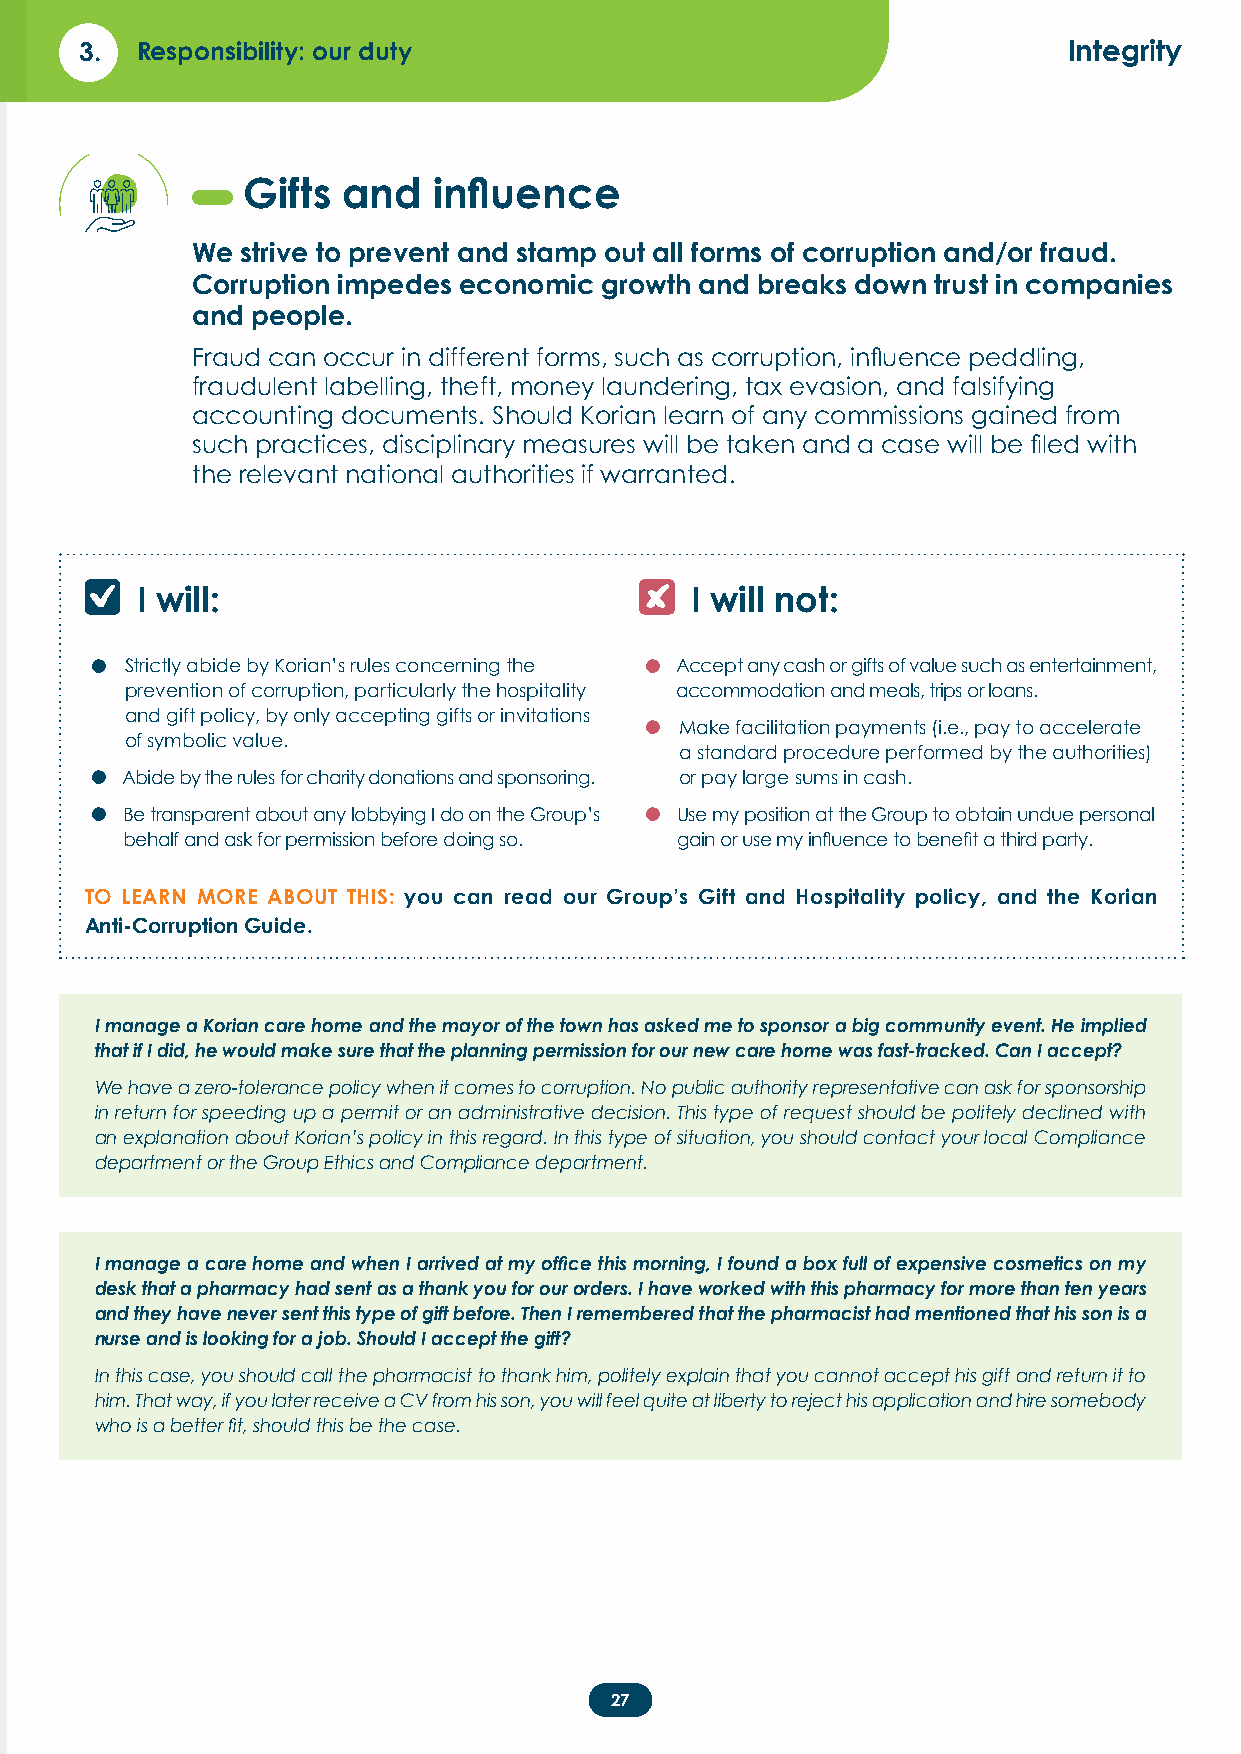
3.  Responsibility: our duty                                      Integrity
 Gifts  and   influence
 We strive to prevent and stamp out all forms of corruption and/or fraud.
 Corruption impedes economic growth and breaks down trust in companies
 and people.
 Fraud can occur in different forms, such as corruption, influence peddling,
 fraudulent labelling, theft, money laundering, tax evasion, and falsifying
 accounting documents. Should Korian learn of any commissions gained from
 such practices, disciplinary measures will be taken and a case will be filed with
 the relevant national authorities if warranted.
 I will:                              I will not:
 •                                   •
 Strictly abide by Korian’s rules concerning the Accept any cash or gifts of value such as entertainment,
 prevention of corruption, particularly the hospitality accommodation and meals, trips or loans.
 and gift policy, by only accepting gifts or invitations •
 Make facilitation payments (i.e., pay to accelerate
 of symbolic value.
 a standard procedure performed by the authorities)
 •
 Abide by the rules for charity donations and sponsoring. or pay large sums in cash.
 •                                   •
 Be transparent about any lobbying I do on the Group’s Use my position at the Group to obtain undue personal
 behalf and ask for permission before doing so. gain or use my influence to benefit a third party.
 TO LEARN MORE ABOUT THIS: you can read our Group’s Gift and Hospitality policy, and the Korian
 Anti-Corruption Guide.
 I manage a Korian care home and the mayor of the town has asked me to sponsor a big community event. He implied
 that if I did, he would make sure that the planning permission for our new care home was fast-tracked. Can I accept?
 We have a zero-tolerance policy when it comes to corruption. No public authority representative can ask for sponsorship
 in return for speeding up a permit or an administrative decision. This type of request should be politely declined with
 an explanation about Korian’s policy in this regard. In this type of situation, you should contact your local Compliance
 department or the Group Ethics and Compliance department.
 I manage a care home and when I arrived at my office this morning, I found a box full of expensive cosmetics on my
 desk that a pharmacy had sent as a thank you for our orders. I have worked with this pharmacy for more than ten years
 and they have never sent this type of gift before. Then I remembered that the pharmacist had mentioned that his son is a
 nurse and is looking for a job. Should I accept the gift?
 In this case, you should call the pharmacist to thank him, politely explain that you cannot accept his gift and return it to
 him. That way, if you later receive a CV from his son, you will feel quite at liberty to reject his application and hire somebody
 who is a better fit, should this be the case.
 27